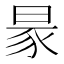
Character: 𧰮